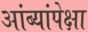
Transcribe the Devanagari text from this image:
आंब्यांपेक्षा